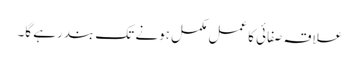
علاقہ صفائی کا عمل مکمل ہونے تک بند رہے گا۔